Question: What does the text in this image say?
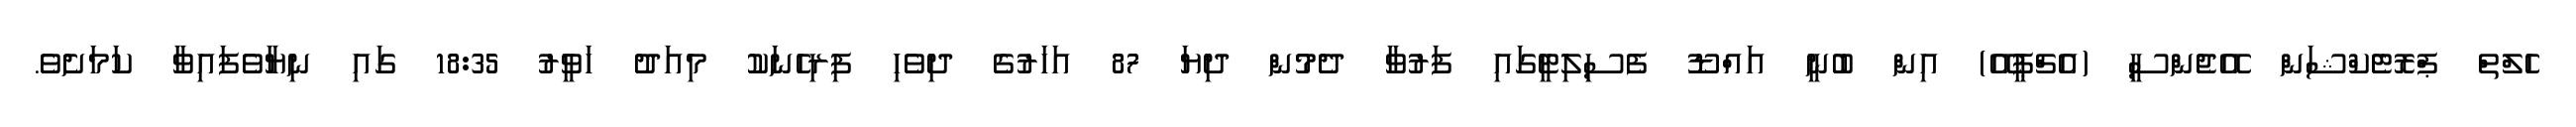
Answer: ހެލްތް ޕްރޮޓެކްޝަން އޭޖެންސީ (އެޗްޕީއޭ) އިން ބުނީ އައްޑޫ ފެސިލިޓީގައި ފަރުވާ ދެމުން ދިޔަ 87 އަހަރުގެ ދިވެހި ފިރިހެނަކު މިއަދު ހަވީރު 18:35 ގައި ނިޔާވެފައިވާ ކަމަށެވެ.